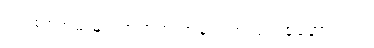
သင့်စစ်တမ်းများအတွက် အချက်အလက်စုဆောင်းပါ။